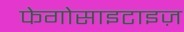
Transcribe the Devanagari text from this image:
फेगोसाइटाइज़